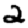
Digit: 2